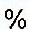
%